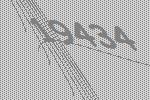
19434